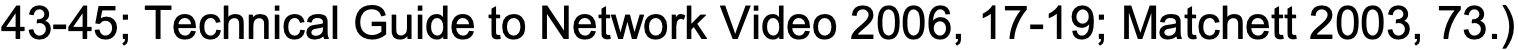
43-45; Technical Guide to Network Video 2006, 17-19; Matchett 2003, 73.)